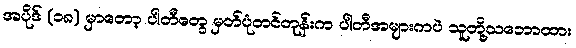
အပိုဒ် (၁၈) မှာတော့ ပါတီတွေ မှတ်ပုံတင်တုန်းက ပါတီအများကပဲ သူတို့သဘောထား